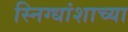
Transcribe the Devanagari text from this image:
स्निग्धांशाच्या